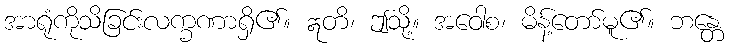
အာရုံကိုသိခြင်းလက္ခဏာရှိ၏။ ဣတိ၊ ဤသို့။ အဝေါစ၊ မိန့်တော်မူ၏။ ဘန္တေ